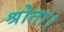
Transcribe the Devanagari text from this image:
श्रोता।